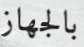
بالجهاز